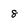
Character: 8